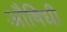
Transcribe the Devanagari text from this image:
औषिधी